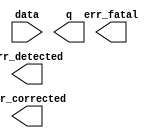
// megafunction wizard: %ALTECC%VBB%
// GENERATION: STANDARD
// VERSION: WM1.0
// MODULE: altecc_decoder 

// ============================================================
// Megafunction Name(s):
// 			altecc_decoder
//
// Simulation Library Files(s):
// 			lpm
// ============================================================
// ************************************************************
// THIS IS A WIZARD-GENERATED FILE. DO NOT EDIT THIS FILE!
//
// 18.1.0 Build 625 09/12/2018 SJ Lite Edition
// ************************************************************

//Copyright (C) 2018  Intel Corporation. All rights reserved.
//Your use of Intel Corporation's design tools, logic functions 
//and other software and tools, and its AMPP partner logic 
//functions, and any output files from any of the foregoing 
//(including device programming or simulation files), and any 
//associated documentation or information are expressly subject 
//to the terms and conditions of the Intel Program License 
//Subscription Agreement, the Intel Quartus Prime License Agreement,
//the Intel FPGA IP License Agreement, or other applicable license
//agreement, including, without limitation, that your use is for
//the sole purpose of programming logic devices manufactured by
//Intel and sold by Intel or its authorized distributors.  Please
//refer to the applicable agreement for further details.

module HammingIP_Dec (
	data,
	err_corrected,
	err_detected,
	err_fatal,
	q)/* synthesis synthesis_clearbox = 1 */;

	input	[11:0]  data;
	output	  err_corrected;
	output	  err_detected;
	output	  err_fatal;
	output	[6:0]  q;

endmodule

// ============================================================
// CNX file retrieval info
// ============================================================
// Retrieval info: PRIVATE: INTENDED_DEVICE_FAMILY STRING "Cyclone V"
// Retrieval info: PRIVATE: SYNTH_WRAPPER_GEN_POSTFIX STRING "0"
// Retrieval info: LIBRARY: altera_mf altera_mf.altera_mf_components.all
// Retrieval info: CONSTANT: INTENDED_DEVICE_FAMILY STRING "Cyclone V"
// Retrieval info: CONSTANT: lpm_pipeline NUMERIC "0"
// Retrieval info: CONSTANT: width_codeword NUMERIC "12"
// Retrieval info: CONSTANT: width_dataword NUMERIC "7"
// Retrieval info: USED_PORT: data 0 0 12 0 INPUT NODEFVAL "data[11..0]"
// Retrieval info: USED_PORT: err_corrected 0 0 0 0 OUTPUT NODEFVAL "err_corrected"
// Retrieval info: USED_PORT: err_detected 0 0 0 0 OUTPUT NODEFVAL "err_detected"
// Retrieval info: USED_PORT: err_fatal 0 0 0 0 OUTPUT NODEFVAL "err_fatal"
// Retrieval info: USED_PORT: q 0 0 7 0 OUTPUT NODEFVAL "q[6..0]"
// Retrieval info: CONNECT: @data 0 0 12 0 data 0 0 12 0
// Retrieval info: CONNECT: err_corrected 0 0 0 0 @err_corrected 0 0 0 0
// Retrieval info: CONNECT: err_detected 0 0 0 0 @err_detected 0 0 0 0
// Retrieval info: CONNECT: err_fatal 0 0 0 0 @err_fatal 0 0 0 0
// Retrieval info: CONNECT: q 0 0 7 0 @q 0 0 7 0
// Retrieval info: GEN_FILE: TYPE_NORMAL HammingIP_Dec.v TRUE
// Retrieval info: GEN_FILE: TYPE_NORMAL HammingIP_Dec.inc FALSE
// Retrieval info: GEN_FILE: TYPE_NORMAL HammingIP_Dec.cmp FALSE
// Retrieval info: GEN_FILE: TYPE_NORMAL HammingIP_Dec.bsf FALSE
// Retrieval info: GEN_FILE: TYPE_NORMAL HammingIP_Dec_inst.v FALSE
// Retrieval info: GEN_FILE: TYPE_NORMAL HammingIP_Dec_bb.v TRUE
// Retrieval info: LIB_FILE: lpm